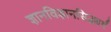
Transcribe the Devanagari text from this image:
ज्ञानविज्ञानसिद्ध्यर्थं